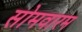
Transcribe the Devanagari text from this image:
सोमवारम